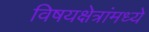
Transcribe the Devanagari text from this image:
विषयक्षेत्रांमध्ये